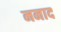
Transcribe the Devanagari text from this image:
ननाद